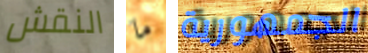
النقش ما الجمهورية